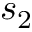
s _ { 2 }